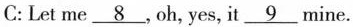
C: Let me \underline{8}, oh, yes, it\underline{9} mine.